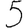
Digit: 5